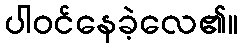
ပါဝင်နေခဲ့လေ၏။